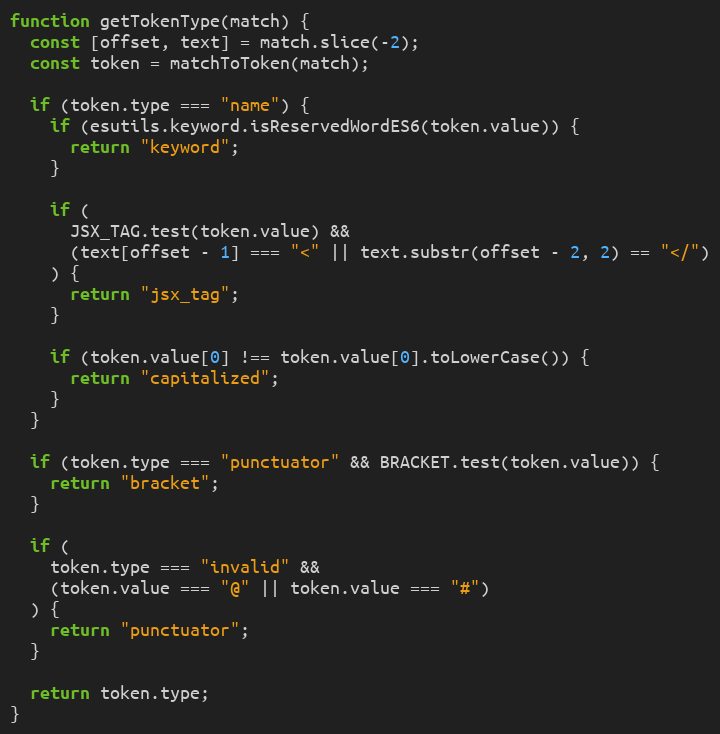
Language: JavaScript
function getTokenType(match) {
  const [offset, text] = match.slice(-2);
  const token = matchToToken(match);

  if (token.type === "name") {
    if (esutils.keyword.isReservedWordES6(token.value)) {
      return "keyword";
    }

    if (
      JSX_TAG.test(token.value) &&
      (text[offset - 1] === "<" || text.substr(offset - 2, 2) == "</")
    ) {
      return "jsx_tag";
    }

    if (token.value[0] !== token.value[0].toLowerCase()) {
      return "capitalized";
    }
  }

  if (token.type === "punctuator" && BRACKET.test(token.value)) {
    return "bracket";
  }

  if (
    token.type === "invalid" &&
    (token.value === "@" || token.value === "#")
  ) {
    return "punctuator";
  }

  return token.type;
}